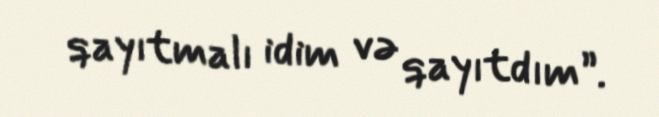
qayıtmalı idim və qayıtdım”.